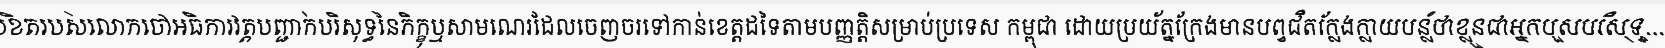
លិខិតរបស់លោកចៅអធិការវត្តបញ្ជាក់បរិសុទ្ធនៃភិក្ខុឬសាមណេរដែលចេញចរទៅកាន់ខេត្តដទៃតាមបញ្ញត្តិសម្រាប់ប្រទេស កម្ពុជា ដោយប្រយ័ត្នក្រែងមានបព្វជិតក្លែងក្លាយបន្លំថាខ្លួនជាអ្នកបួសបរិសុទ្ធ...។